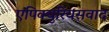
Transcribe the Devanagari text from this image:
एपिक्युरियसवाद